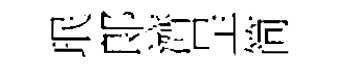
珉郞濟呈简